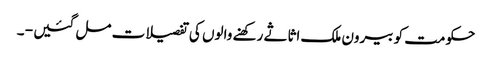
حکومت کو بیرون ملک اثاثے رکھنے والوں کی تفصیلات مل گئیں - ۔